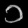
Digit: ၁